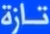
تارْ